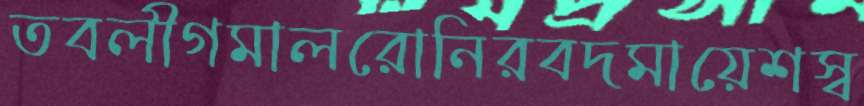
তবলীগমালরোনিরবদমায়েশস্ব